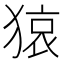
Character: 𤠆